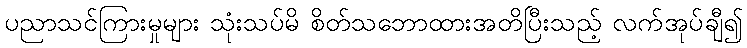
ပညာသင်ကြားမှုများ သုံးသပ်မိ စိတ်သဘောထားအတိပြီးသည့် လက်အုပ်ချီ၍